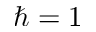
\hbar = 1